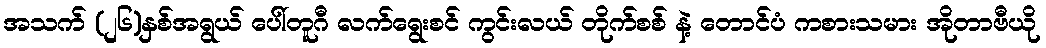
အသက် (၂၆)နှစ်အရွယ် ပေါ်တူဂီ လက်ရွေးစင် ကွင်းလယ် တိုက်စစ် နဲ့ တောင်ပံ ကစားသမား အိုတာဗီယို